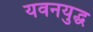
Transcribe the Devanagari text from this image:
यवनयुद्ध